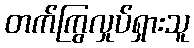
တက်ကြွလှုပ်ရှားသူ